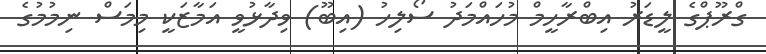
ގްރޫޕްގެ ލީޑަރު އިބްރާހީމް މުހައްމަދު ސޯލިހު (އިބޫ) ވިދާޅުވީ އަމާޒަކީ މިމަސް ނިމުމުގެ